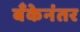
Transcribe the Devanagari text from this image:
बँकेनंतर